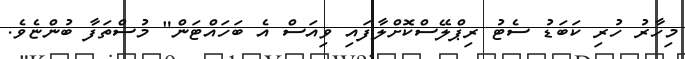
މިހާރު ހުރި ކަބަޑު ސެޓު ރިޕްލޭސްކޮށްލާފައި ވިއަސް އެ ބަހައްޓަން" މުސްތަފާ ބުންޏެވެ.